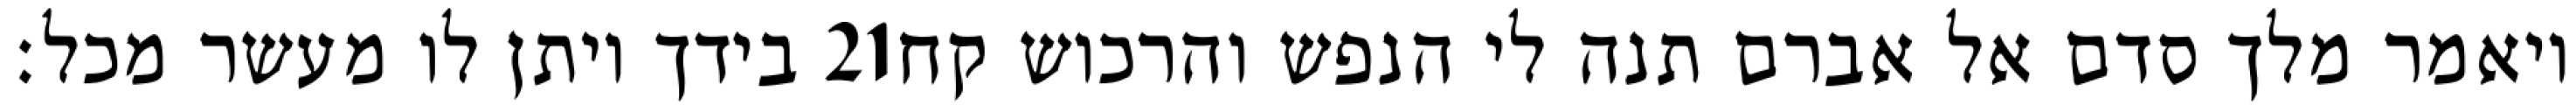
בידך ויתן לו מעשר מכל׃ ‎21‏ ויאמר מלך סדם אל אברם תנה לי הנפש והרכוש קח